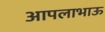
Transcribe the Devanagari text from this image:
आपलाभाऊ